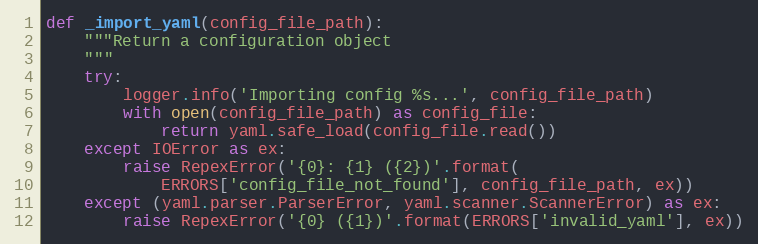
Language: Python
def _import_yaml(config_file_path):
    """Return a configuration object
    """
    try:
        logger.info('Importing config %s...', config_file_path)
        with open(config_file_path) as config_file:
            return yaml.safe_load(config_file.read())
    except IOError as ex:
        raise RepexError('{0}: {1} ({2})'.format(
            ERRORS['config_file_not_found'], config_file_path, ex))
    except (yaml.parser.ParserError, yaml.scanner.ScannerError) as ex:
        raise RepexError('{0} ({1})'.format(ERRORS['invalid_yaml'], ex))